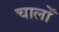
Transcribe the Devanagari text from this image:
चालोँ